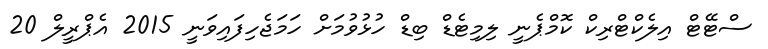
ސްޓޭޓް އިލެކްޓްރިކް ކޮމްޕެނީ ލިމިޓެޑް ބިޑް ހުޅުވުމަށް ހަމަޖެހިފައިވަނީ 2015 އެޕްރީލް 20